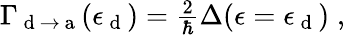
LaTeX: \begin{array}{r}{\Gamma_{\mathrm{~d~}\to\mathrm{~a~}}(\epsilon_{\mathrm{~d~}})=\frac{2}{\hbar}\Delta(\epsilon=\epsilon_{\mathrm{~d~}})\; ,}\end{array}